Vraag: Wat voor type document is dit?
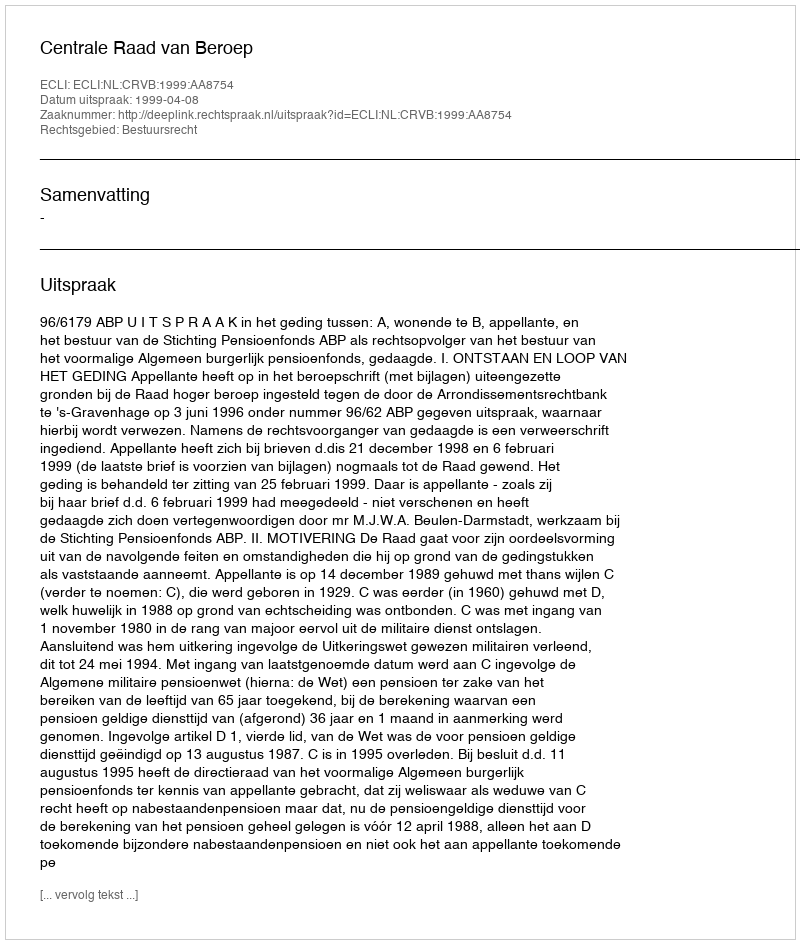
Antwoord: Uitspraak